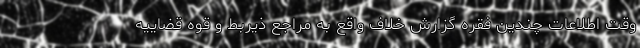
وقت اطلاعات چندین فقره گزارش خلاف واقع به مراجع ذیربط و قوه قضاییه